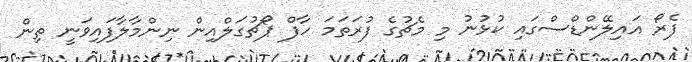
ފެރޯ އައިލޭންޑްސްގައި ކުޅުނު މި މެޗުގެ ފުރަތަމަ ހާފް ޕޯޗުގަލްއިން ނިންމާލާފައިވަނީ ތިން